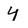
Character: 4